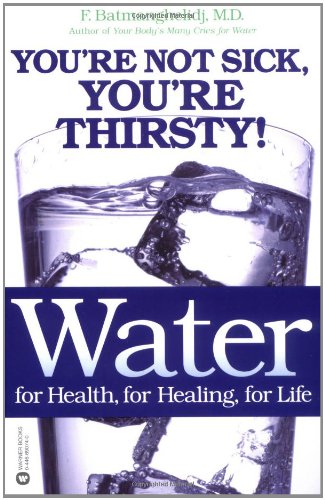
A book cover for Water: For Health, for Healing, for Life: You're Not Sick, You're Thirsty!; F. Batmanghelidj; Medical Books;